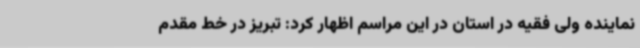
نماینده ولی فقیه در استان در این مراسم اظهار کرد: تبریز در خط مقدم